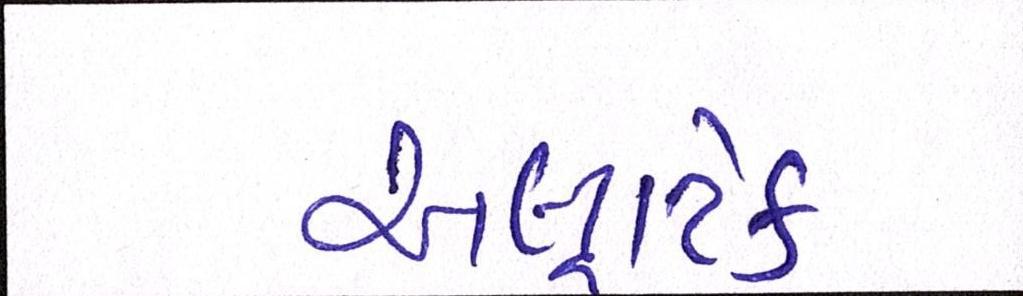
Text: અલ્ટ્રાટેક